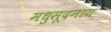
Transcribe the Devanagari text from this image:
मधुसूदनाय